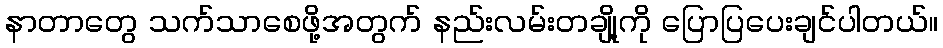
နာတာတွေ သက်သာစေဖို့အတွက် နည်းလမ်းတချို့ကို ပြောပြပေးချင်ပါတယ်။